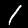
Label: 1